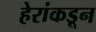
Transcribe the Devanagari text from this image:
हेरांकडून